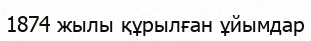
1874 жылы құрылған ұйымдар